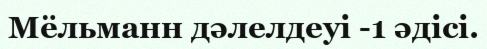
Мёльманн дәлелдеуі -1 әдісі.